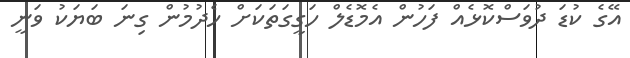
އޭގެ ކުޑަ ދުވަސްކޮޅެއް ފަހުން އެމޮޑެލް ހަގީގަތަކަށް ހެދުމުން ގިނަ ބަޔަކު ވަނީ